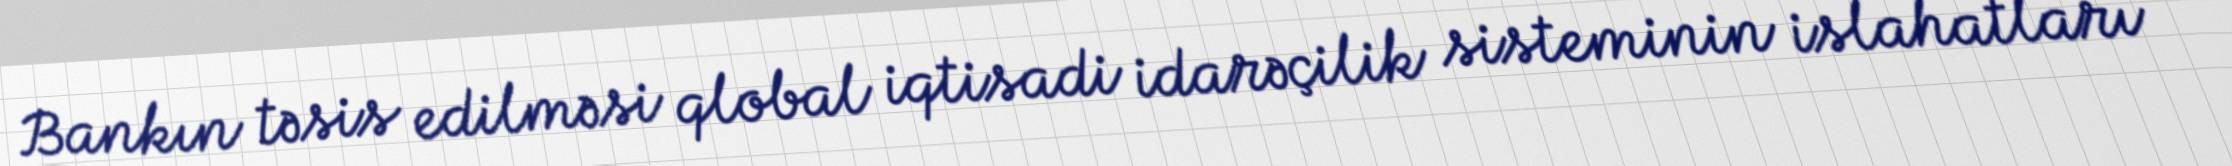
Bankın təsis edilməsi qlobal iqtisadi idarəçilik sisteminin islahatları